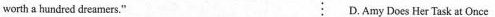
worth a hundred dreamers." D.Amy Does Her Task at Once